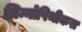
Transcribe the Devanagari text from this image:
लिम्नोपिथीकस